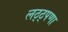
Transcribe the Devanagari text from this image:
लठ्ठ्पणा